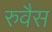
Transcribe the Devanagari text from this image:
रुवैस